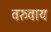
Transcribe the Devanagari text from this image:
वरुवाय